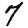
Digit: 7